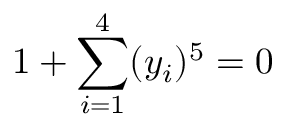
1 + \sum _ { i = 1 } ^ { 4 } ( y _ { i } ) ^ { 5 } = 0